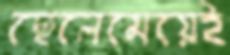
ছেলেমেয়েই